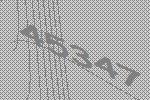
45347